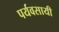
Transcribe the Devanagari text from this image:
पर्यवसायी